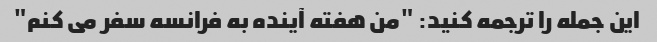
این جمله را ترجمه کنید: "من هفته آینده به فرانسه سفر می کنم"